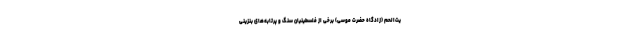
یت‌الحم (زادگاه حضرت موسی) برخی از فلسطینیان سنگ و پرتابه‌های بنزینی